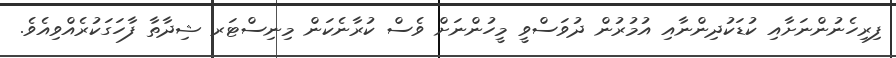
ފިރިހެނުންނަށާއި ކުޑަކުދިންނާއި އުމުރުން ދުވަސްވީ މީހުންނަށް ވެސް ކުރާނެކަން މިނިސްޓަރ ޝިދާތާ ފާހަގަކުރެއްވިއެވެ.